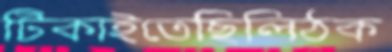
টিকাইতেছিলিঠক